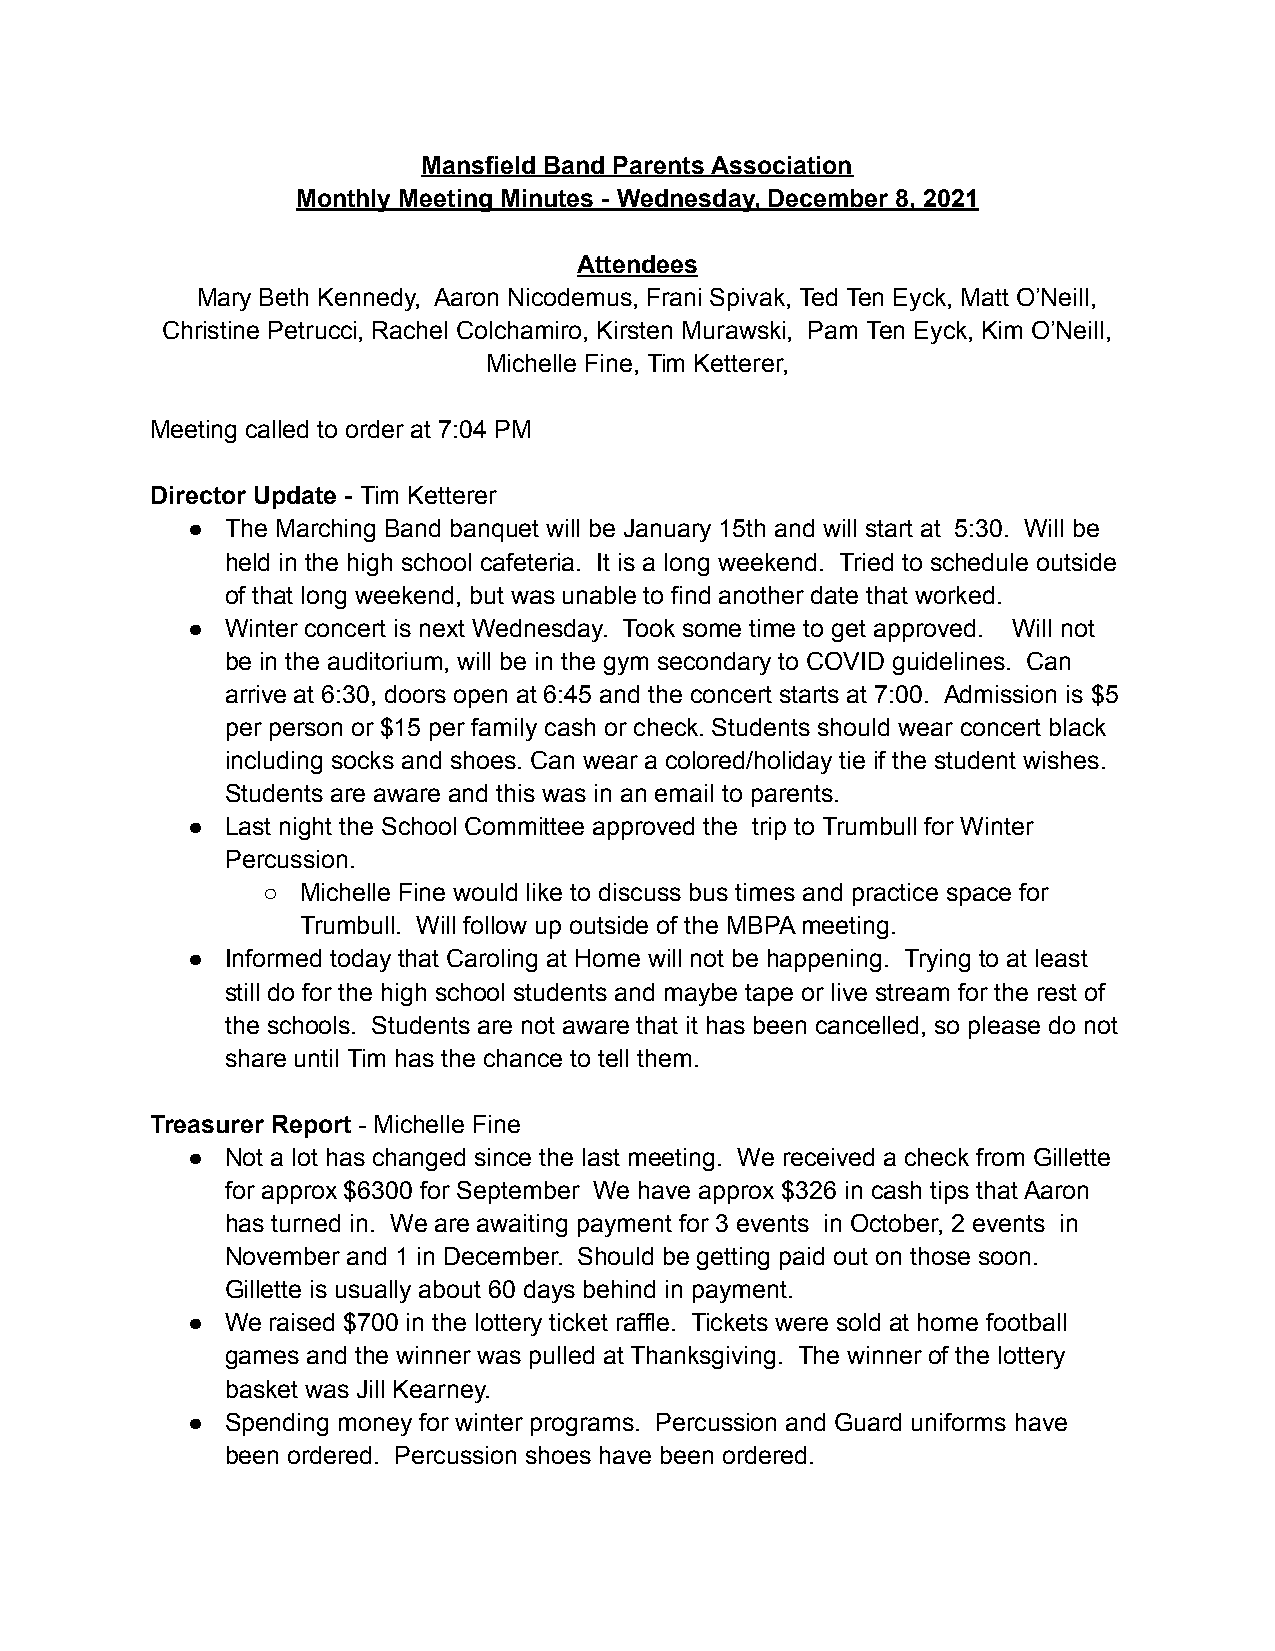
Mansfield Band Parents Association
 Monthly Meeting Minutes - Wednesday, December 8, 2021
 Attendees
 Mary Beth Kennedy, Aaron Nicodemus, Frani Spivak, Ted Ten Eyck, Matt O’Neill,
 Christine Petrucci, Rachel Colchamiro, Kirsten Murawski, Pam Ten Eyck, Kim O’Neill,
 Michelle Fine, Tim Ketterer,
 Meeting called to order at 7:04 PM
 Director Update - Tim Ketterer
 ●  The Marching Band banquet will be January 15th and will start at 5:30. Will be
 held in the high school cafeteria. It is a long weekend. Tried to schedule outside
 of that long weekend, but was unable to find another date that worked.
 ●  Winter concert is next Wednesday. Took some time to get approved. Will not
 be in the auditorium, will be in the gym secondary to COVID guidelines. Can
 arrive at 6:30, doors open at 6:45 and the concert starts at 7:00. Admission is $5
 per person or $15 per family cash or check. Students should wear concert black
 including socks and shoes. Can wear a colored/holiday tie if the student wishes.
 Students are aware and this was in an email to parents.
 ●  Last night the School Committee approved the trip to Trumbull for Winter
 Percussion.
 ○  Michelle Fine would like to discuss bus times and practice space for
 Trumbull. Will follow up outside of the MBPA meeting.
 ●  Informed today that Caroling at Home will not be happening. Trying to at least
 still do for the high school students and maybe tape or live stream for the rest of
 the schools. Students are not aware that it has been cancelled, so please do not
 share until Tim has the chance to tell them.
 Treasurer Report - Michelle Fine
 ●  Not a lot has changed since the last meeting. We received a check from Gillette
 for approx $6300 for September We have approx $326 in cash tips that Aaron
 has turned in. We are awaiting payment for 3 events in October, 2 events in
 November and 1 in December. Should be getting paid out on those soon.
 Gillette is usually about 60 days behind in payment.
 ●  We raised $700 in the lottery ticket raffle. Tickets were sold at home football
 games and the winner was pulled at Thanksgiving. The winner of the lottery
 basket was Jill Kearney.
 ●  Spending money for winter programs. Percussion and Guard uniforms have
 been ordered. Percussion shoes have been ordered.